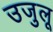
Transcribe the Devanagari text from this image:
उजुलू